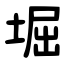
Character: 堀